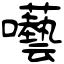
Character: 囈